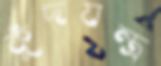
কুঁদযন্ত্র